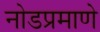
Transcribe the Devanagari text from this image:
नोडप्रमाणे